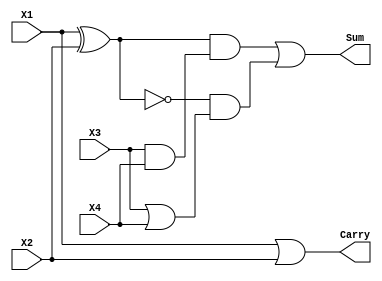
 `timescale 1ps / 1ps

module APPCOMP4to2 (X1, X2, X3, X4, Sum, Carry);
  
 input X1, X2, X3, X4; 
 output Carry, Sum; 
 assign Sum = (X1^X2) & (X3&X4) | (~(X1^X2)) & (X3|X4);
 assign Carry = X1 | X2 ;

endmodule